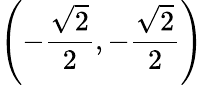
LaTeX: \left(-{\frac{\sqrt{2}}{2}},-{\frac{\sqrt{2}}{2}}\right)